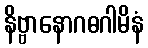
နိဗ္ဗာနောဂဓဂါမိနံ